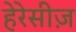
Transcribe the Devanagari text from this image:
हेरेसीज़